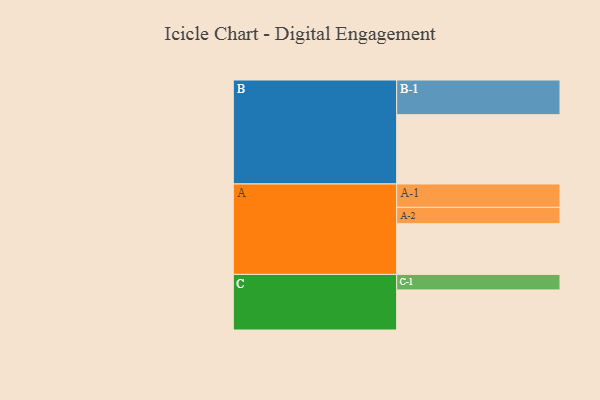
{"axis": {"x": "Segment", "y": "Value"}, "legend": ["", "A", "B", "C"], "data": [{"x": "A", "y": 434, "type": ""}, {"x": "B", "y": 593, "type": ""}, {"x": "C", "y": 343, "type": ""}, {"x": "A-1", "y": 200, "type": "A"}, {"x": "A-2", "y": 140, "type": "A"}, {"x": "B-1", "y": 297, "type": "B"}, {"x": "C-1", "y": 133, "type": "C"}]}